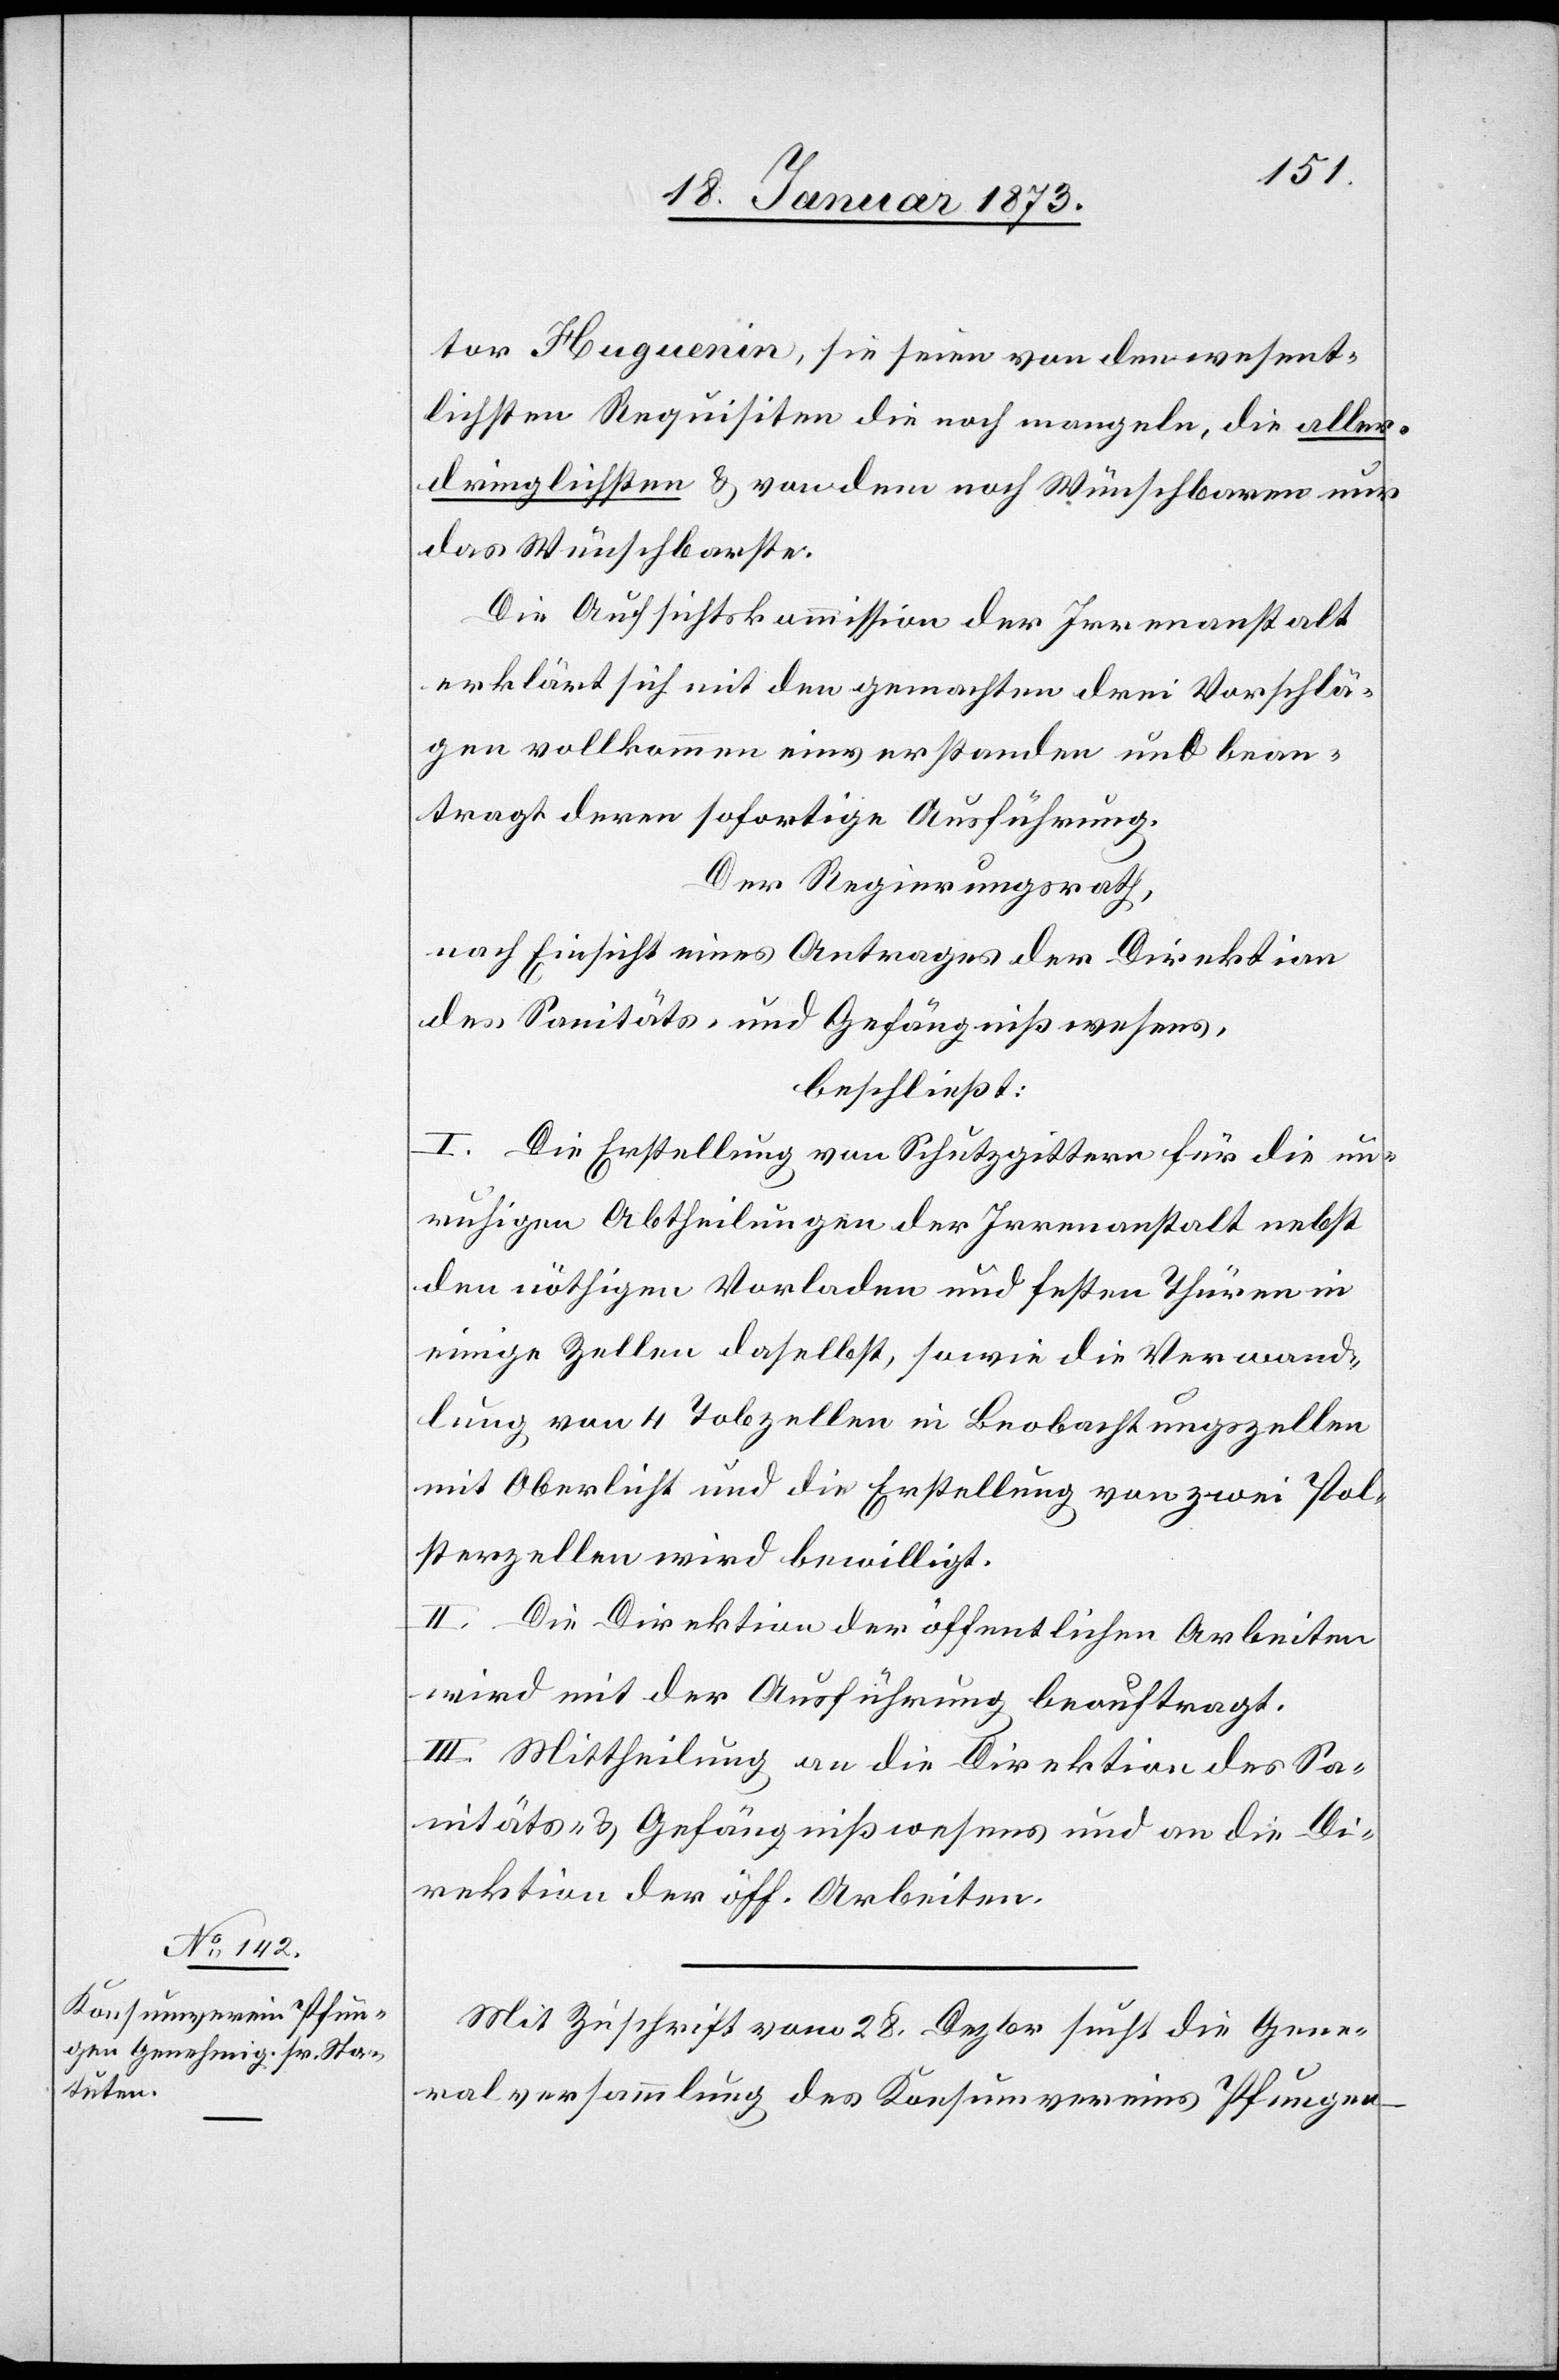
tor Huguenin, sie seien von den wesent¬
lichsten Requisiten[,] die noch mangeln, die aller¬
dringlichsten u. von dem noch Wünschbaren nur
das Wünschbarste.
Die Aufsichtskommission der Irrenanstalt
erklärt sich mit den gemachten drei Vorschlä¬
gen vollkommen einverstanden und bean¬
tragt deren sofortige Ausführung.
Der Regierungsrath,
nach Einsicht eines Antrages der Direktion
des Sanitäts- und Gefängnißwesens,
beschließt:
1. Die Erstellung von Schutzgittern für die un¬
ruhigen Abtheilungen der Irrenanstalt nebst
den nöthigen Vorladen und festen Thüren in
einige Zellen daselbst, sowie die Verwand¬
lung von 4 Tobzellen in Beobachtungszellen
mit Oberlicht und die Erstellung von zwei Pol¬
sterzellen wird bewilligt.
II. Die Direktion der öffentlichen Arbeiten
wird mit der Ausführung beauftragt.
III. Mittheilung an die Direktion des Sa¬
nitäts- u. Gefängnißwesens und an die Di¬
rektion der öff. Arbeiten.
Mit Zuschrift vom 28. Dezbr sucht die Gene¬
ralversammlung des Konsumvereins Pfungen-